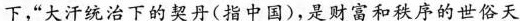
下，”大汗统治下的契丹(指中国)，是财富和秩序的世俗天